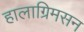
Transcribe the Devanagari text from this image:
हालाग्रिमसन